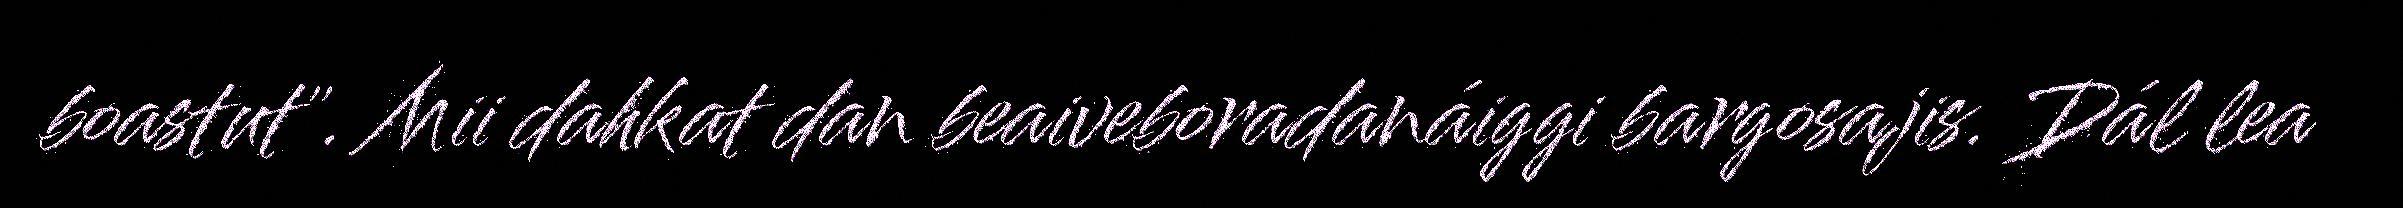
boastut". Mii dahkat dan beaiveboradanáiggi bargosajis. Dál lea